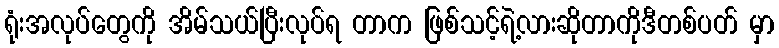
ရုံးအလုပ်တွေကို အိမ်သယ်ပြီးလုပ်ရ တာက ဖြစ်သင့်ရဲ့လားဆိုတာကိုဒီတစ်ပတ် မှာ